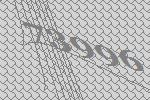
73996